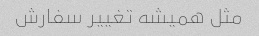
مثل همیشه تغییر سفارش